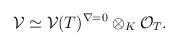
LaTeX: \begin{align*}\mathcal{V}\simeq \mathcal{V}(T)^{\nabla =0}\otimes _K \mathcal{O}_T .\end{align*}